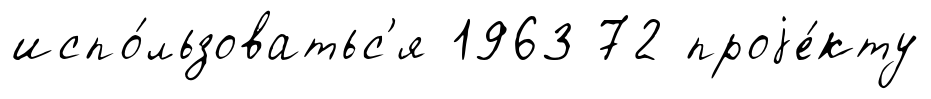
испо́льзоватьс'я 1963 72 проjе́кту